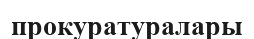
прокуратуралары